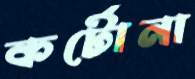
কর্টোনা